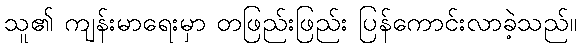
သူ၏ ကျန်းမာရေးမှာ တဖြည်းဖြည်း ပြန်ကောင်းလာခဲ့သည်။